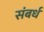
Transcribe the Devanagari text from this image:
संबर्ध